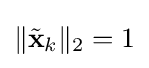
\|{\tilde {\mathbf {x} }}_{k}\|_{2}=1